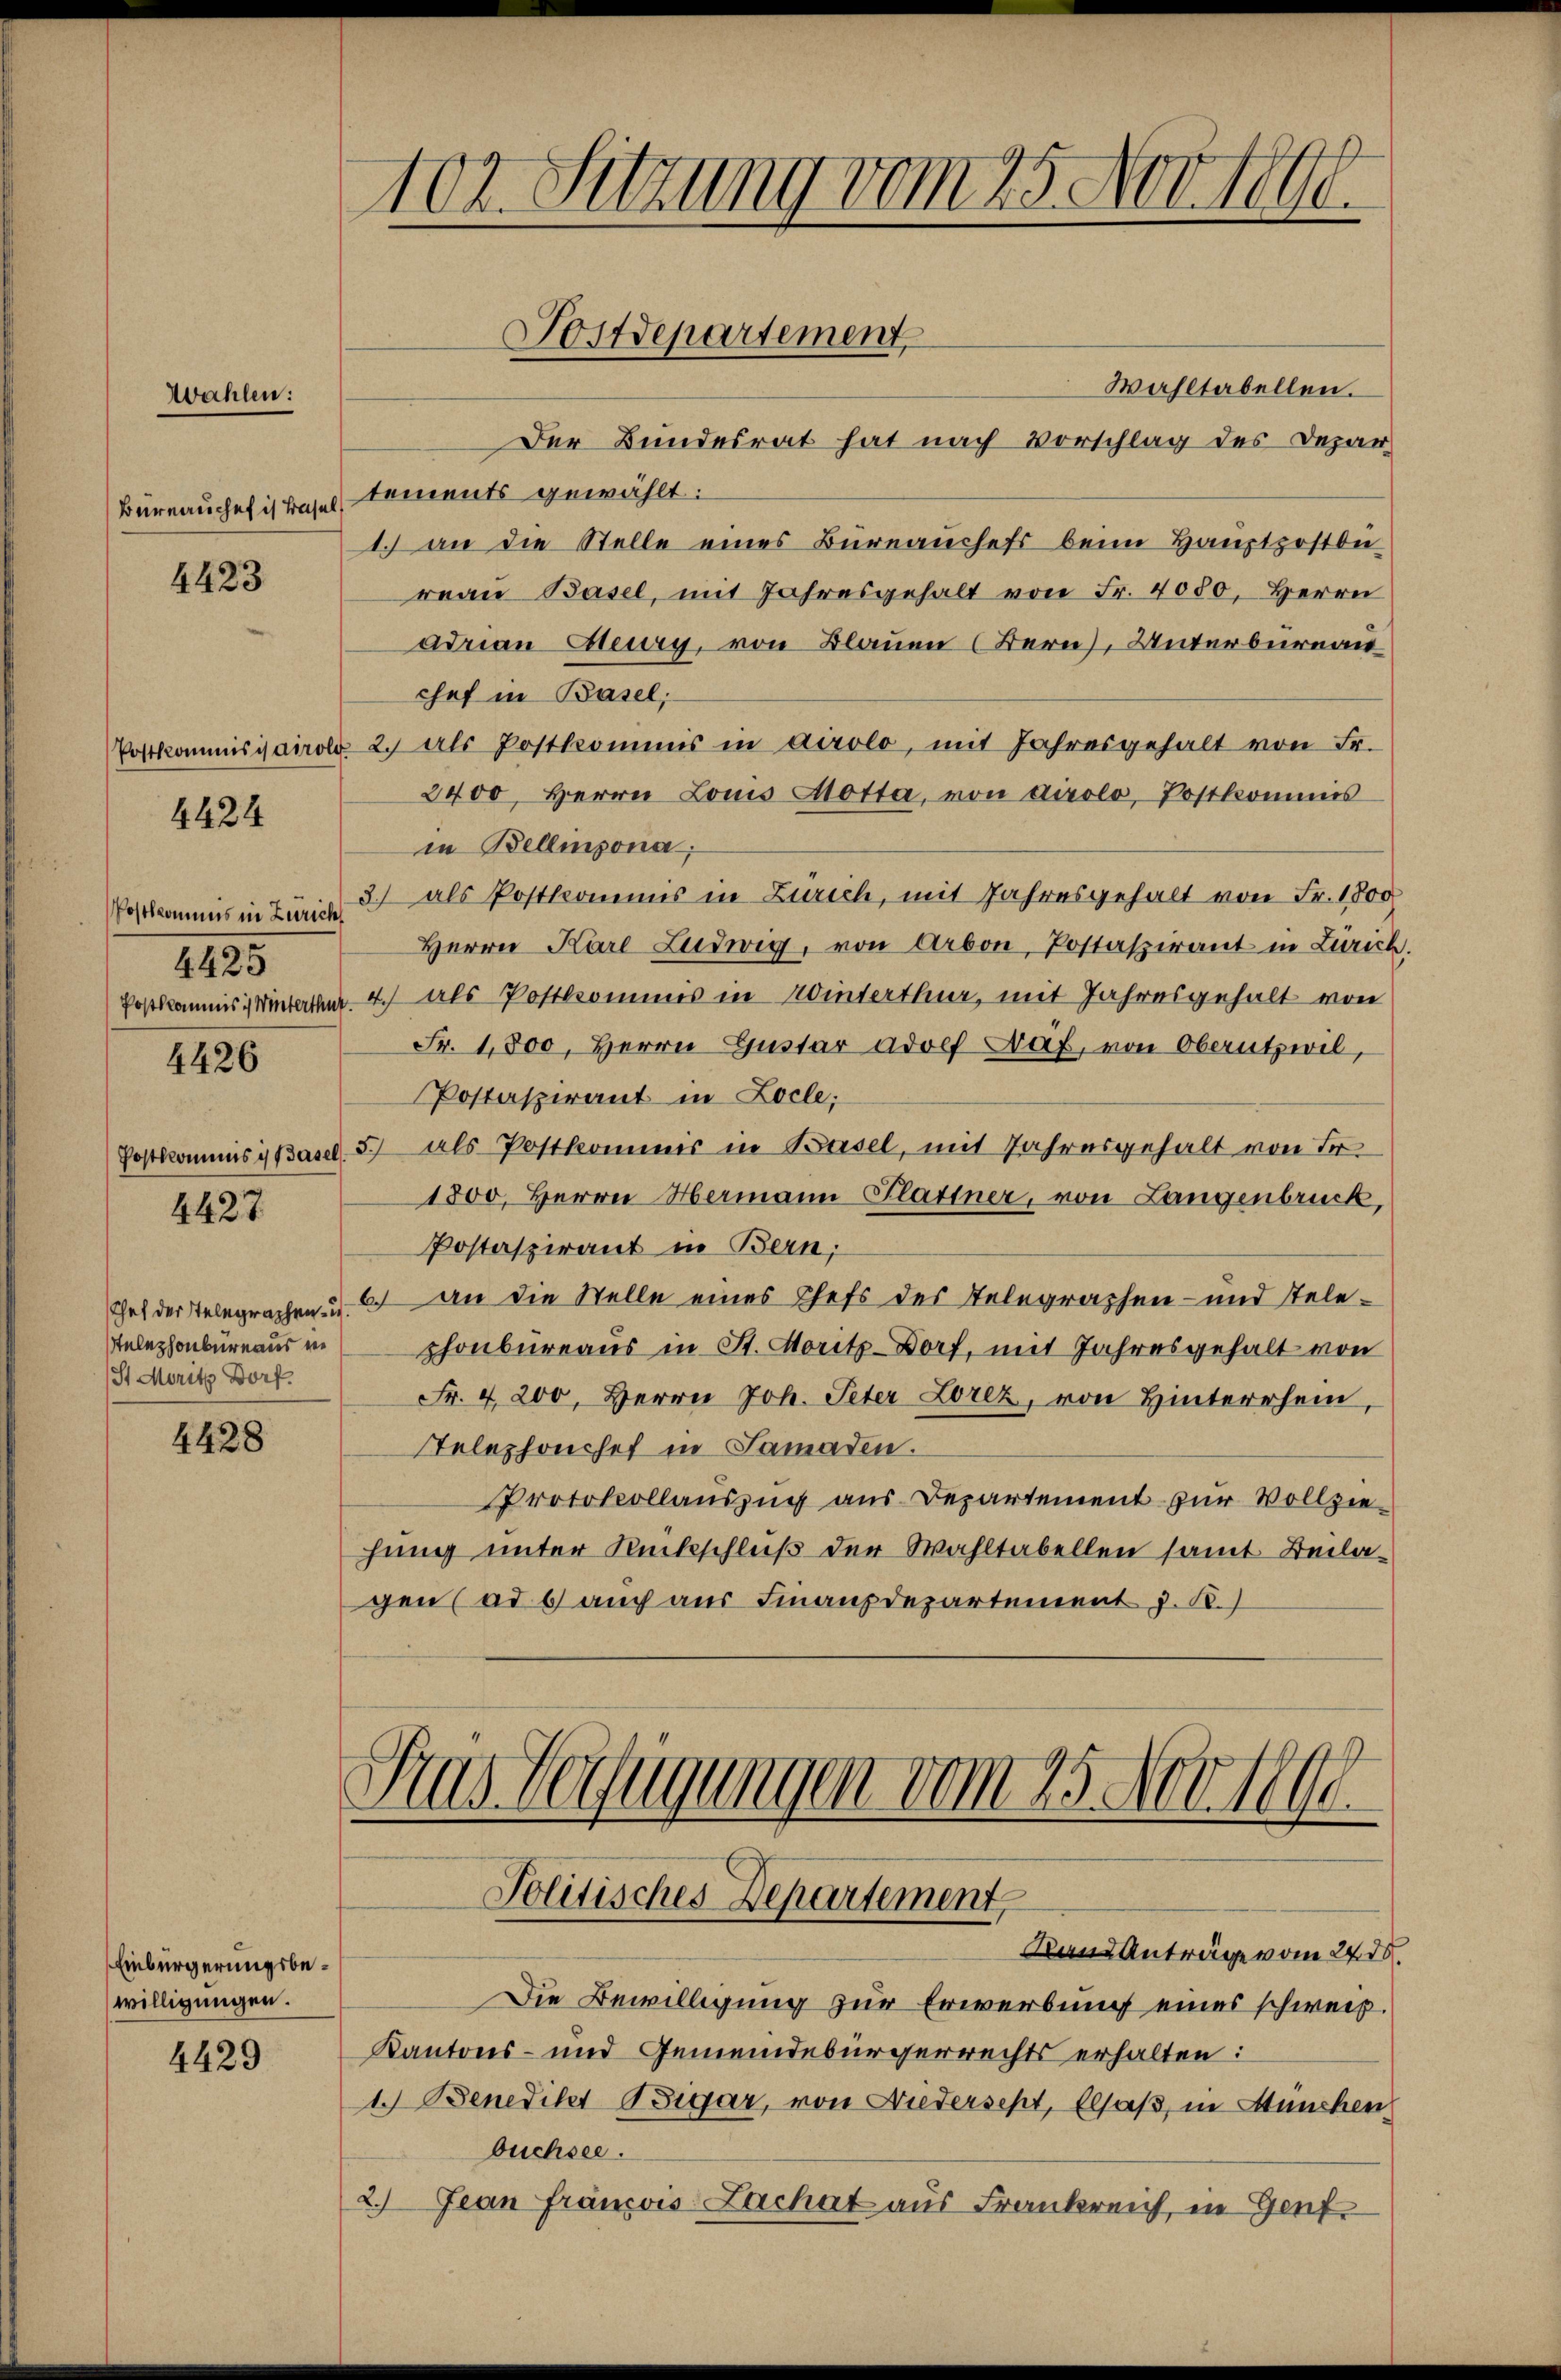
Wahlen:

Bureauchef is Basel

4423

4424

4425

4426

4427

telephonbureaus in
St Moritz Dorf.

4428

Einbürgerungsbewilligungen.

4429

Wahltabellen.
Der Bundesrat hat nach Vorschlag des Depar-
tements gewählt:
1. an die Stelle eines Büreauchefs beim Hauptpostdie
reaŭ Basel, mit Jahresgehalt von Fr. 4080. Herrn
adrian Meury, von Blauen (Bern, Unterbureau
chef in Basel,
Postkommissairolo 2. als Postkommis in Airolo, mit Jahresgehalt von Fr.
2400. Herrn Louis Motta, von Airolo, Postkommis
in Bellinzona,
Postkommis in Zürich als Postkommis in Zürich, mit Jahresgehalt von Fr. 1800
Herrn Karl Ludwig, von Arbon, Postaspirant in Zürich.
Postkommis, Wintertha. 4 als Postkommis in Winterthur, mit Jahresgehalt von
Fr. 1,800, Herrn Guster Adolf Näf, von Oberutzwil,
Postaspirant in Locle;
Postkommisis Basel 5 als Postkommnis in Basel, mit Jahresgehalt von der
1800, Herrn Hermann Flattner, von Langenbruck,
Postaspirant in Bern,
Chef der Telegraphen- u. 2 an die Stelle eines Chefs des Telegraphen- und Telephonbureaus in St. Moritz Dorf, mit Jahresgehalt von
Fr. 4200. Herrn Joh. Peter Lorez, von Hinterrhein,
Telephonschef in Samaden.
Protokollauszug aus Departement zur Vollziehung unter Rückschluß der Wahltabellen samt Beilagen ad 6 auch aus Finanzdepartement J. R.)

102. Sitzung vom 25. Nov. 1890.

Postdepartement,

Gras befugungen vom 25. Nov. 1890.
Politisches Departement
Band Anträge vom 24. d.

Die Bewilligung zur Erwerbung eines schweiz.
Kantons- und Gemeindebürgerrechts erhalten:
1. Benedikt Bigar, von Niedersept, Elsaß, in München
büchsee.
2.) Jean Francois Lachat aus Frankreich, in Genf